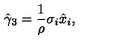
\hat { \gamma } _ { 3 } = \frac { 1 } { \rho } \sigma _ { i } \hat { x } _ { i } ,